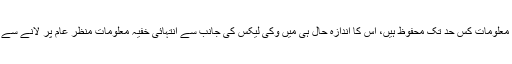
انٹرنیٹ پر موجود معلومات کس حد تک محفوظ ہیں، اس کا اندازہ حال ہی میں وکی لیکس کی جانب سے انتہائی خفیہ معلومات منظر عام پر لانے سے لگایا جا سکتا ہے۔